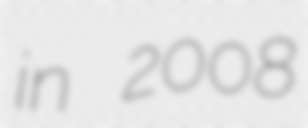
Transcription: in 2008